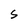
Character: s